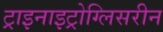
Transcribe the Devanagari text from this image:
ट्राइनाइट्रोग्लिसरीन